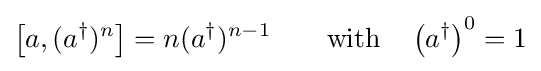
\left[a,(a^{\dagger })^{n}\right]=n(a^{\dagger })^{n-1}\qquad {\hbox{with}}\quad \left(a^{\dagger }\right)^{0}=1